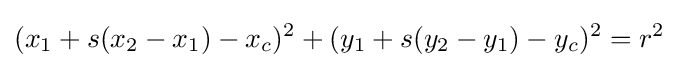
(x_{1}+s(x_{2}-x_{1})-x_{c})^{2}+(y_{1}+s(y_{2}-y_{1})-y_{c})^{2}=r^{2}